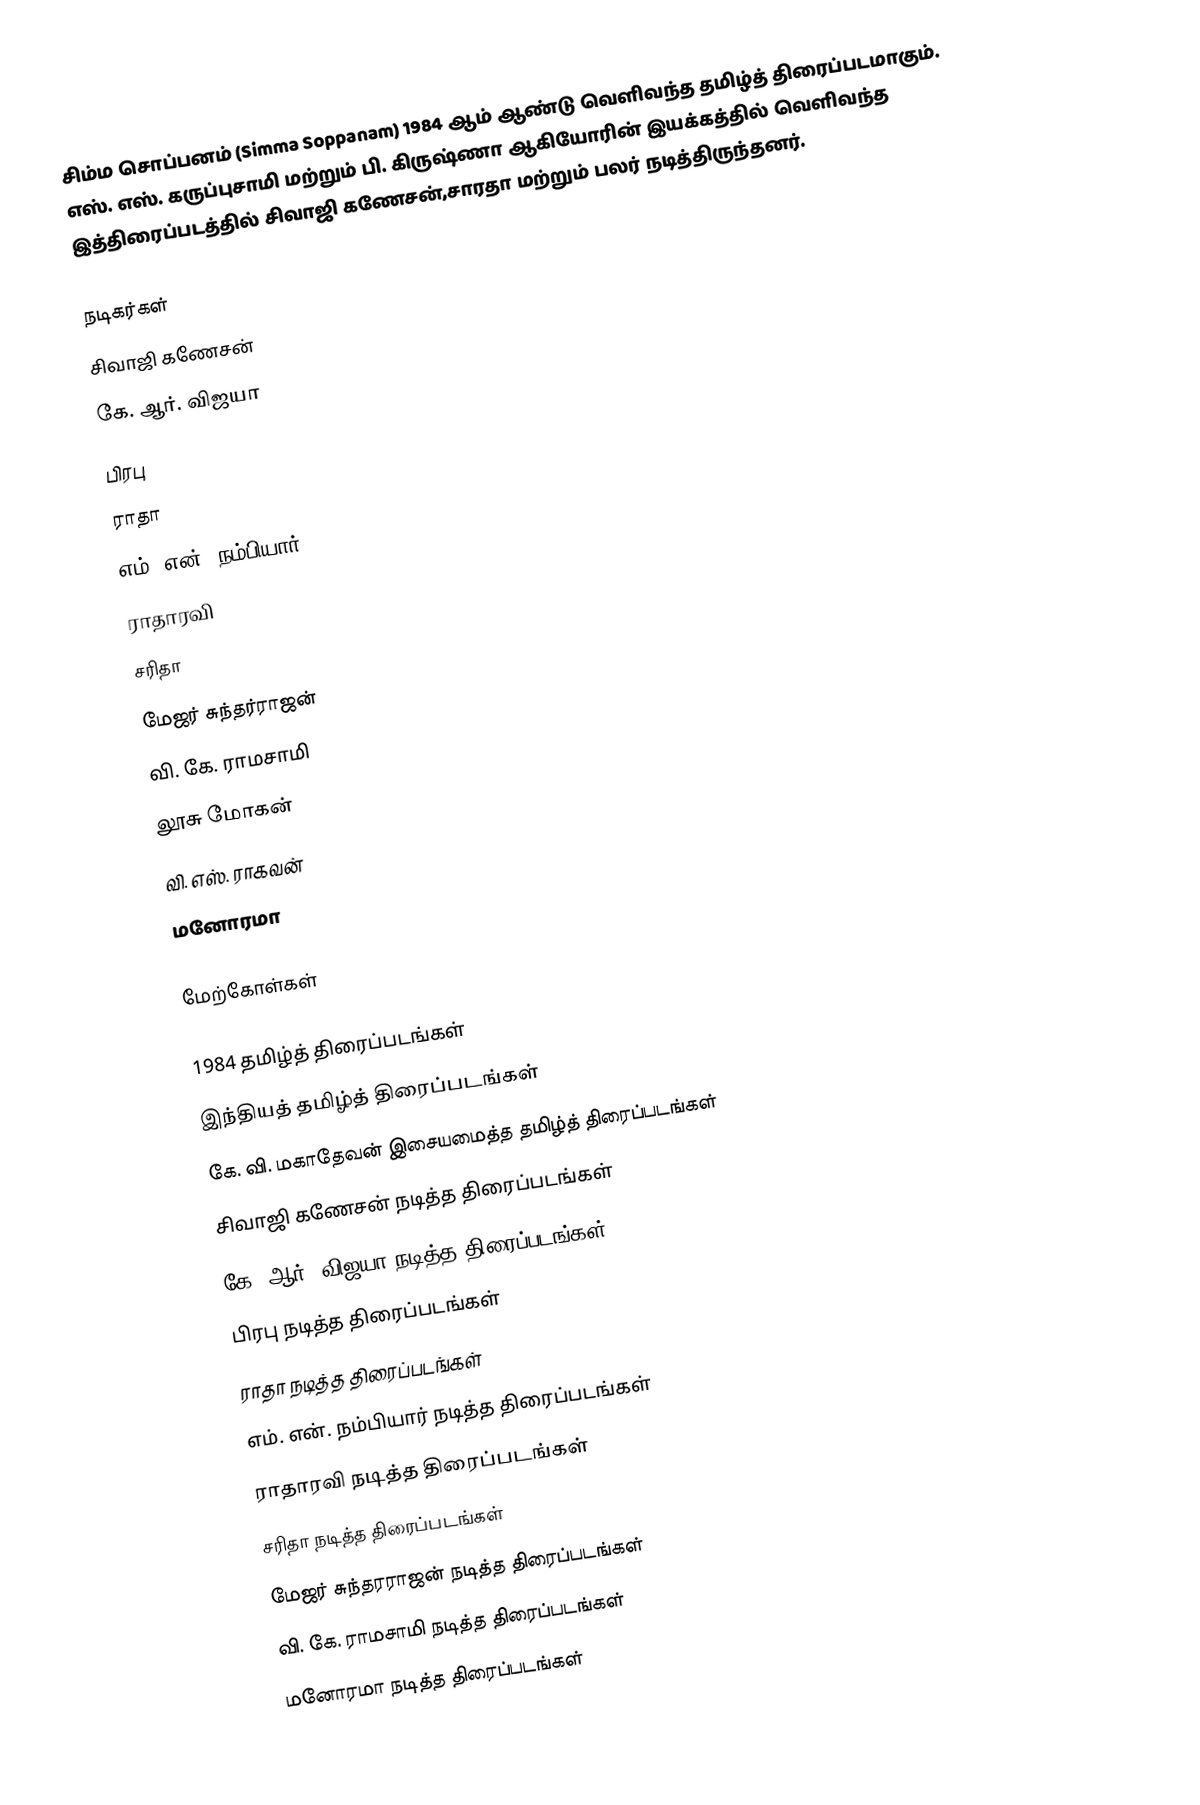
சிம்ம சொப்பனம் (Simma Soppanam) 1984 ஆம் ஆண்டு வெளிவந்த தமிழ்த் திரைப்படமாகும். எஸ். எஸ். கருப்புசாமி மற்றும் பி. கிருஷ்ணா ஆகியோரின் இயக்கத்தில் வெளிவந்த இத்திரைப்படத்தில் சிவாஜி கணேசன்,சாரதா மற்றும் பலர் நடித்திருந்தனர்.

நடிகர்கள்
 சிவாஜி கணேசன்
 கே. ஆர். விஜயா
 பிரபு
 ராதா
 எம். என். நம்பியார்
 ராதாரவி
 சரிதா
 மேஜர் சுந்தர்ராஜன்
 வி. கே. ராமசாமி
 லூசு மோகன்
 வி. எஸ். ராகவன்
 மனோரமா

மேற்கோள்கள்

1984 தமிழ்த் திரைப்படங்கள்
இந்தியத் தமிழ்த் திரைப்படங்கள்
கே. வி. மகாதேவன் இசையமைத்த தமிழ்த் திரைப்படங்கள்
சிவாஜி கணேசன் நடித்த திரைப்படங்கள்
கே. ஆர். விஜயா நடித்த திரைப்படங்கள்
பிரபு நடித்த திரைப்படங்கள்
ராதா நடித்த திரைப்படங்கள்
எம். என். நம்பியார் நடித்த திரைப்படங்கள்
ராதாரவி நடித்த திரைப்படங்கள்
சரிதா நடித்த திரைப்படங்கள்
மேஜர் சுந்தரராஜன் நடித்த திரைப்படங்கள்
வி. கே. ராமசாமி நடித்த திரைப்படங்கள்
மனோரமா நடித்த திரைப்படங்கள்